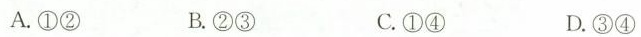
A. ①② B. ②③ C. ①④ D. ③④